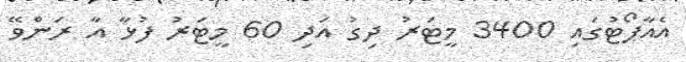
އެއާޕޯޓުގައި 3400 މީޓަރު ދިގު އަދި 60 މީޓަރު ފުޅާ އާ ރަންވޭ